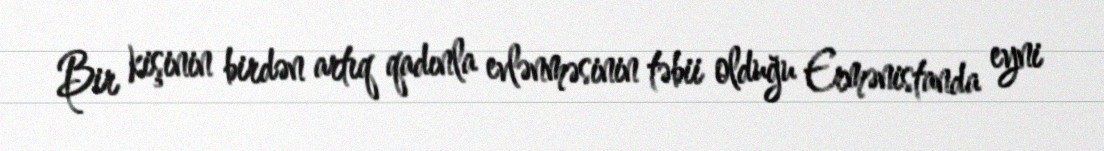
Bir kişinin birdən artıq qadınla evlənməsinin təbii olduğu Ermənistanda eyni